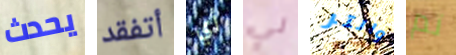
يحدث أتفقد أي لي والتر تم